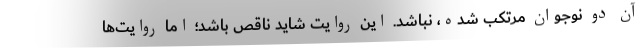
آن دو نوجوان مرتکب شده، نباشد. این روایت شاید ناقص باشد؛ اما روایت‌ها